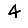
Digit: 4